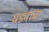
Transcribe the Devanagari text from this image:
धड्याचा